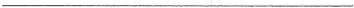
___